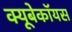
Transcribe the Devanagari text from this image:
क्यूबेकॉयस